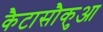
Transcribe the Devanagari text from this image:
कैटासौकुआ